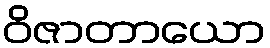
ဝိဇာတာယော